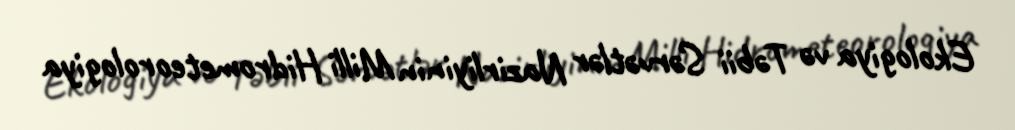
Ekologiya və Təbii Sərvətlər Nazirliyinin Milli Hidrometeorologiya